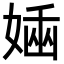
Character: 𡟢